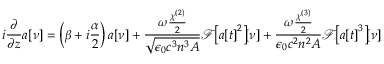
i \frac { \partial } { \partial z } a \! \left[ \nu \right] = \left( \beta + i \frac { \alpha } { 2 } \right) a \! \left[ \nu \right] + \frac { \omega \frac { \chi ^ { ( 2 ) } } { 2 } } { \sqrt { \epsilon _ { 0 } c ^ { 3 } n ^ { 3 } A } } \mathcal { F } \! \! \left[ a \! \left[ t \right] ^ { 2 } \right] \! \! \left[ \nu \right] + \frac { \omega \frac { \chi ^ { ( 3 ) } } { 2 } } { \epsilon _ { 0 } c ^ { 2 } n ^ { 2 } A } \mathcal { F } \! \! \left[ a \! \left[ t \right] ^ { 3 } \right] \! \! \left[ \nu \right]